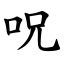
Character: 呪